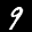
Label: 9